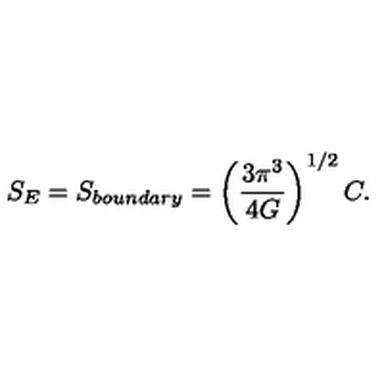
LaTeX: S _ { E } = S _ { b o u n d a r y } = \left( { \frac { 3 \pi ^ { 3 } } { 4 G } } \right) ^ { 1 / 2 } C .